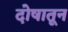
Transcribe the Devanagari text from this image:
दोषातून